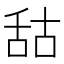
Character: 𦧒